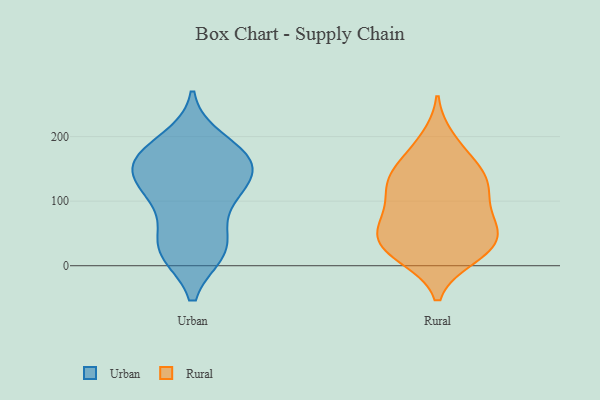
{"axis": {"x": "Bounce Rate (%)", "y": "Value"}, "legend": ["Rural", "Urban"], "data": [{"x": "", "y": 153, "type": "Urban"}, {"x": "", "y": 24, "type": "Urban"}, {"x": "", "y": 94, "type": "Urban"}, {"x": "", "y": 193, "type": "Urban"}, {"x": "", "y": 163, "type": "Urban"}, {"x": "", "y": 31, "type": "Urban"}, {"x": "", "y": 30, "type": "Urban"}, {"x": "", "y": 109, "type": "Urban"}, {"x": "", "y": 167, "type": "Urban"}, {"x": "", "y": 168, "type": "Urban"}, {"x": "", "y": 23, "type": "Urban"}, {"x": "", "y": 124, "type": "Urban"}, {"x": "", "y": 161, "type": "Urban"}, {"x": "", "y": 126, "type": "Urban"}, {"x": "", "y": 145, "type": "Rural"}, {"x": "", "y": 112, "type": "Rural"}, {"x": "", "y": 195, "type": "Rural"}, {"x": "", "y": 47, "type": "Rural"}, {"x": "", "y": 14, "type": "Rural"}, {"x": "", "y": 23, "type": "Rural"}, {"x": "", "y": 23, "type": "Rural"}, {"x": "", "y": 47, "type": "Rural"}, {"x": "", "y": 49, "type": "Rural"}, {"x": "", "y": 126, "type": "Rural"}, {"x": "", "y": 129, "type": "Rural"}, {"x": "", "y": 20, "type": "Rural"}, {"x": "", "y": 121, "type": "Rural"}, {"x": "", "y": 74, "type": "Rural"}, {"x": "", "y": 145, "type": "Rural"}, {"x": "", "y": 67, "type": "Rural"}, {"x": "", "y": 176, "type": "Rural"}, {"x": "", "y": 77, "type": "Rural"}]}